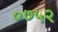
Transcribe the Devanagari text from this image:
०७५२